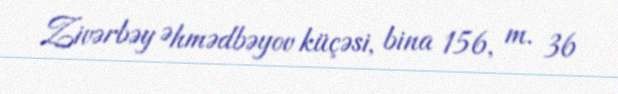
Zivərbəy Əhmədbəyov küçəsi, bina 156, m. 36